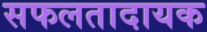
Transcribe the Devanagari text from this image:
सफलतादायक